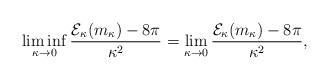
LaTeX: \begin{align*} \liminf_{\kappa \to 0} \frac{\mathcal{E}_\kappa(m_\kappa) - 8\pi}{\kappa^2} = \lim_{\kappa \to 0}\frac{\mathcal{E}_\kappa(m_\kappa) - 8\pi}{\kappa^2}, \end{align*}